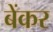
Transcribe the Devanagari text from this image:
बेंकर